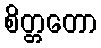
စိတ္တတော